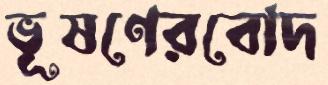
ভূষণেরবোদ